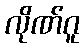
လိုဏ်ဂူ